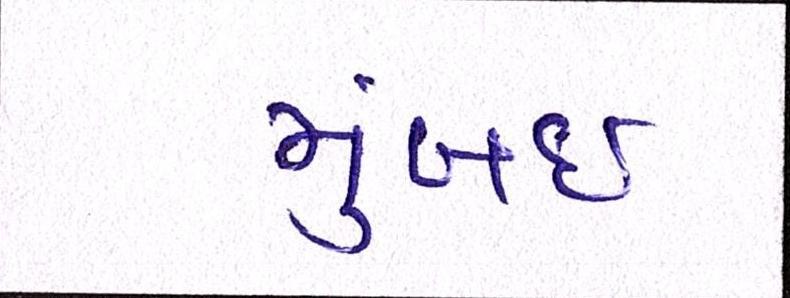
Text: મુંબઈઃ